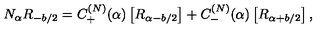
N _ { \alpha } R _ { - b / 2 } = C _ { + } ^ { ( N ) } ( \alpha ) \left[ R _ { \alpha - b / 2 } \right] + C _ { - } ^ { ( N ) } ( \alpha ) \left[ R _ { \alpha + b / 2 } \right] ,